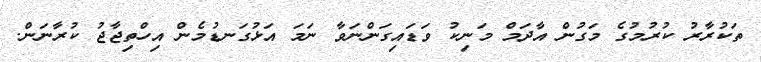
ތަކުރާރު ކުރުމުގެ މަގުން އާދަމް މަނިކު ވަޑައިގަންނަވާ ނަމަ އަޅުގަނޑުމެން އިހްތިޖާޖު ކުރާނަން.